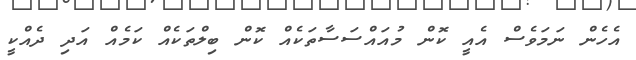
އެހެން ނަމަވެސް އެއީ ކޮން މުއައްސަސާތަކެއް ކޮން ބިލްތަކެއް ކަމެއް އަދި ދެއްކީ